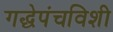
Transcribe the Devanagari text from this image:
गद्धेपंचविशी